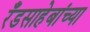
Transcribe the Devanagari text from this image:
रँडसाहेबांच्या